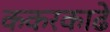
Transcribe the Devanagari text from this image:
ककरकाढे